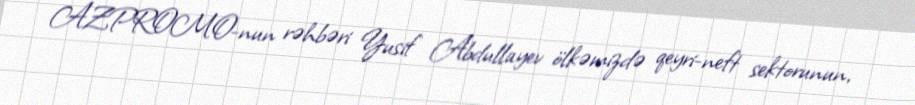
AZPROMO-nun rəhbəri Yusif Abdullayev ölkəmizdə qeyri-neft sektorunun,